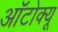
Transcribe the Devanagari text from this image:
ऑटोक्यू